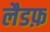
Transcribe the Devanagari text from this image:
लैडफ़